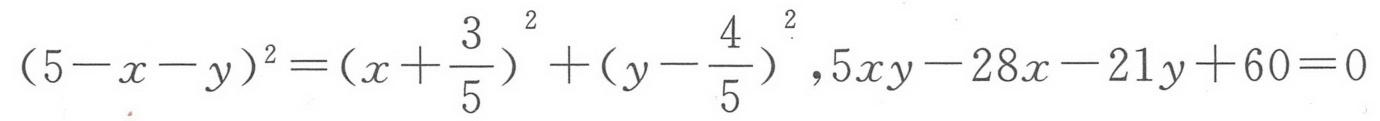
$(5 - x - y)^{2}=(x + \frac{3}{5})^{2}+(y - \frac{4}{5})^{2},5xy - 28x - 21y + 60 = 0$